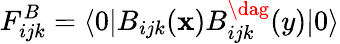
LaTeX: F_{ijk}^{B}=\langle0|B_{ijk}(\mathbf{x})B_{ijk}^{\dag}(y)|0\rangle